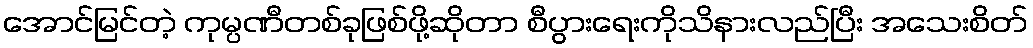
အောင်မြင်တဲ့ ကုမ္ပဏီတစ်ခုဖြစ်ဖို့ဆိုတာ စီပွားရေးကိုသိနားလည်ပြီး အသေးစိတ်